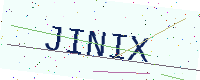
Text: JINIX